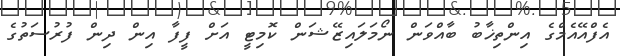
އެފްއޭއެމްގެ އިންތިޚާބު ބާއްވަން ނޯމަލައިޒޭޝަން ކޮމިޓީ އަށް ފީފާ އިން ދިން ފުރުސަތުގެ